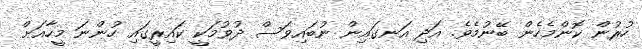
ހުރުން ކޮންމެހެން ބޭނުމެވެ. އަދި އަނގައިން ނުބައިވަސް ދުވުމަކީ ކައިރީގައި ހުންނަ މީހާއަށް